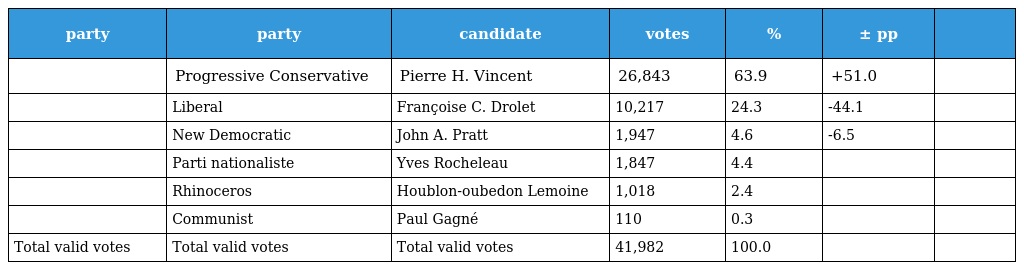
| party | party | candidate | votes | % | ± pp |  |
 | --- | --- | --- | --- | --- | --- | --- |
 |  | Progressive Conservative | Pierre H. Vincent | 26,843 | 63.9 | +51.0 |  |
 |  | Liberal | Françoise C. Drolet | 10,217 | 24.3 | -44.1 |  |
 |  | New Democratic | John A. Pratt | 1,947 | 4.6 | -6.5 |  |
 |  | Parti nationaliste | Yves Rocheleau | 1,847 | 4.4 |  |  |
 |  | Rhinoceros | Houblon-oubedon Lemoine | 1,018 | 2.4 |  |  |
 |  | Communist | Paul Gagné | 110 | 0.3 |  |  |
 | Total valid votes | Total valid votes | Total valid votes | 41,982 | 100.0 |  |  |